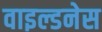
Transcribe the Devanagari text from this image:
वाइल्डनेस